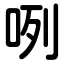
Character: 咧